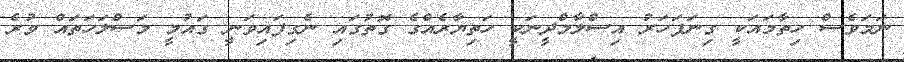
ނަމަވެސް ހިތާމައަކީ ގިނަފަހަރު އިސްލާމްދީނަކީ ހަތިޔާރެއްގެ ގޮތުގައި ނެގިފައިވަނީ ގައުމީ މަސްލަހަތައް ވުރެ